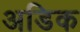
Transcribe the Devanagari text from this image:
अडिक